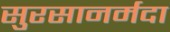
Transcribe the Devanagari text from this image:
सुरसानर्मदा